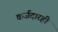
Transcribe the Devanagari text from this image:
कर्जदारही